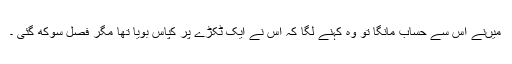
میںنے اس سے حساب مانگا تو وہ کہنے لگا کہ اس نے ایک ٹکڑے پر کپاس بویا تھا مگر فصل سوکھ گئی ۔